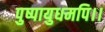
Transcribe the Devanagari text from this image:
पुष्पायुधमपि।।